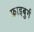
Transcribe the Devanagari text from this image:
फ्राइबुर्ग